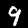
Digit: 9